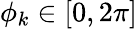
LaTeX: \phi_{k}\in[0,2\pi]